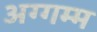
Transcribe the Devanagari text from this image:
अग्गम्म